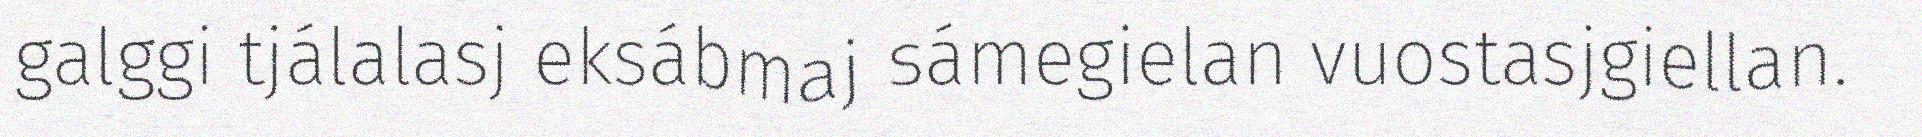
galggi tjálalasj eksábmaj sámegielan vuostasjgiellan.